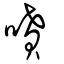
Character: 噴